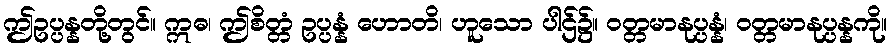
ဤဥပ္ပန္နတို့တွင်။ ဣဓ၊ ဤစိတ္တံ ဥပ္ပန္နံ ဟောတိ၊ ဟူသော ပါဌ်၌။ ဝတ္တမာနုပ္ပန္နံ၊ ဝတ္တမာနုပ္ပန္နကို။